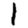
Digit: 1